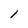
Character: 1